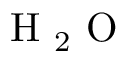
\textup { H } _ { 2 } \textup { O }